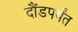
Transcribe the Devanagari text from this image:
दौंडपर्यंत